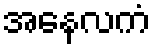
အနေလကံ